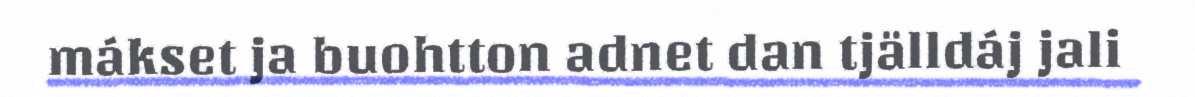
mákset ja buohtton adnet dan tjälldáj jali